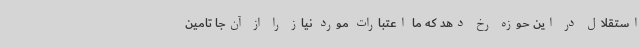
استقلال در این حوزه رخ دهد که ما اعتبارات مورد نیاز را از آن‌جا تامین